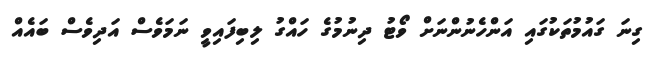
ގިނަ ގައުމުތަކުގައި އަންހެނުންނަށް ވޯޓު ދިނުމުގެ ހައްގު ލިބިފައިވީ ނަމަވެސް އަދިވެސް ބައެއް